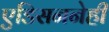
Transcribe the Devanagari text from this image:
एडिसननेही